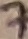
Text: 7